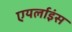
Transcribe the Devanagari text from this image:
एयर्लाइंस